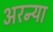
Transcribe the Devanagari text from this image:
अरन्या